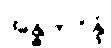
အန္ဓကဝိန္ဒံ